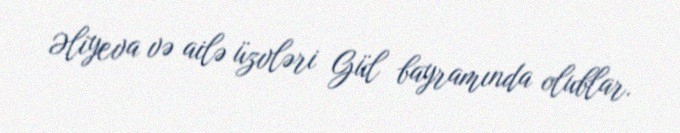
Əliyeva və ailə üzvləri Gül bayramında olublar.